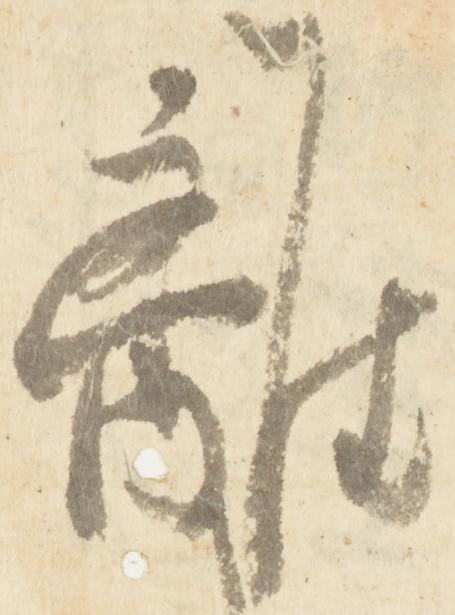
離